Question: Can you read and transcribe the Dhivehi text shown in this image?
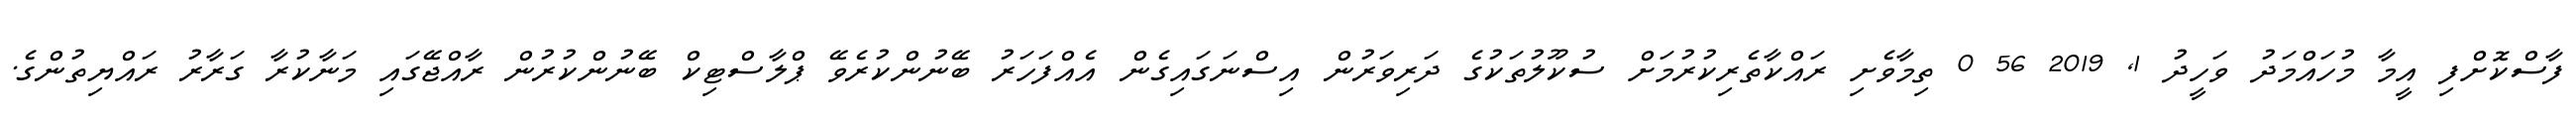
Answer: ފާސްކޮށްފި އީމާ މުހައްމަދު ވަހީދު 1, 2019 56 0 ތިމާވެށި ރައްކާތެރިކުރުމަށް ސުކޫލުތަކުގެ ދަރިވަރުން އިސްނަގައިގެން އެއްފަހަރު ބޭނުންކުރެވޭ ޕްލާސްޓިކް ބޭނުންކުރުން ރާއްޖޭގައި މަނާކުރާ ގަރާރު ރައްޔިތުންގެ.